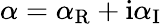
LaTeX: \alpha=\alpha_{\mathrm{R}}+\mathrm{i}\alpha_{\mathrm{I}}